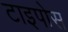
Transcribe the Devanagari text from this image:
टाइपोस